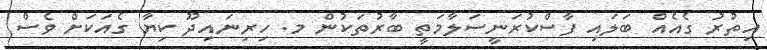
އިތުރު ގެއެއް ބަލައި ފާސްކުރަނީސަލާމަތީ ބާރުތަކުން މ. ހިރިނައިދޫ ކިޔާ ގެއަކަށް ވެސް